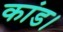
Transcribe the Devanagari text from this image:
कांड।